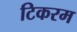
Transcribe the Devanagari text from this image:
टिकरम